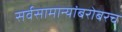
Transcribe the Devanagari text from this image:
सर्वसामान्यांबरोबरच